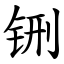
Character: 铏